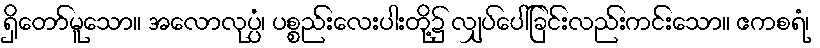
ရှိတော်မူသော။ အလောလုပ္ပံ၊ ပစ္စည်းလေးပါးတို့၌ လျှပ်ပေါ်ခြင်းလည်းကင်းသော။ ဧကစရံ၊